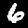
Digit: 6